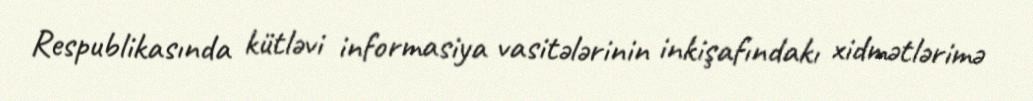
Respublikasında kütləvi informasiya vasitələrinin inkişafındakı xidmətlərimə